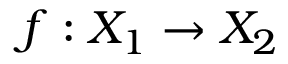
f : X _ { 1 } \rightarrow X _ { 2 }